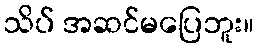
သိပ် အဆင်မပြေဘူး။